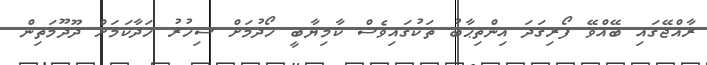
ރާއްޖޭގައި ބޭއްވޭ ފޯރިގަދަ އިންތިޙާބު ތަކުގައިވެސް ކާމިޔާބީ ހޯދުމަށް ސިހުރު ހަދާކަމަށް ދޫދޫމަތިން